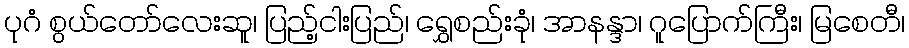
ပုဂံ စွယ်တော်လေးဆူ၊ ပြည့်ငါးပြည်၊ ရွှေစည်းခုံ၊ အာနန္ဒာ၊ ဂူပြောက်ကြီး၊ မြစေတီ၊